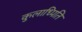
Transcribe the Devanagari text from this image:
कुलाध्पिति